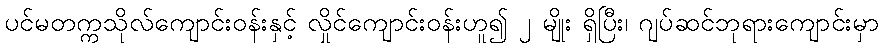
ပင်မတက္ကသိုလ်ကျောင်းဝန်းနှင့် လှိုင်ကျောင်းဝန်းဟူ၍ ၂ မျိုး ရှိပြီး၊ ဂျပ်ဆင်ဘုရားကျောင်းမှာ